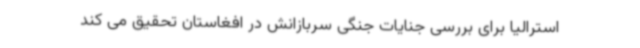
استرالیا برای بررسی جنایات جنگی سربازانش در افغاستان تحقیق می کند